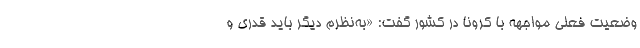
وضعیت فعلی مواجهه با کرونا در کشور گفت: «به‌نظرم دیگر باید قدری و